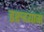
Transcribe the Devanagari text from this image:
इरुदयाम